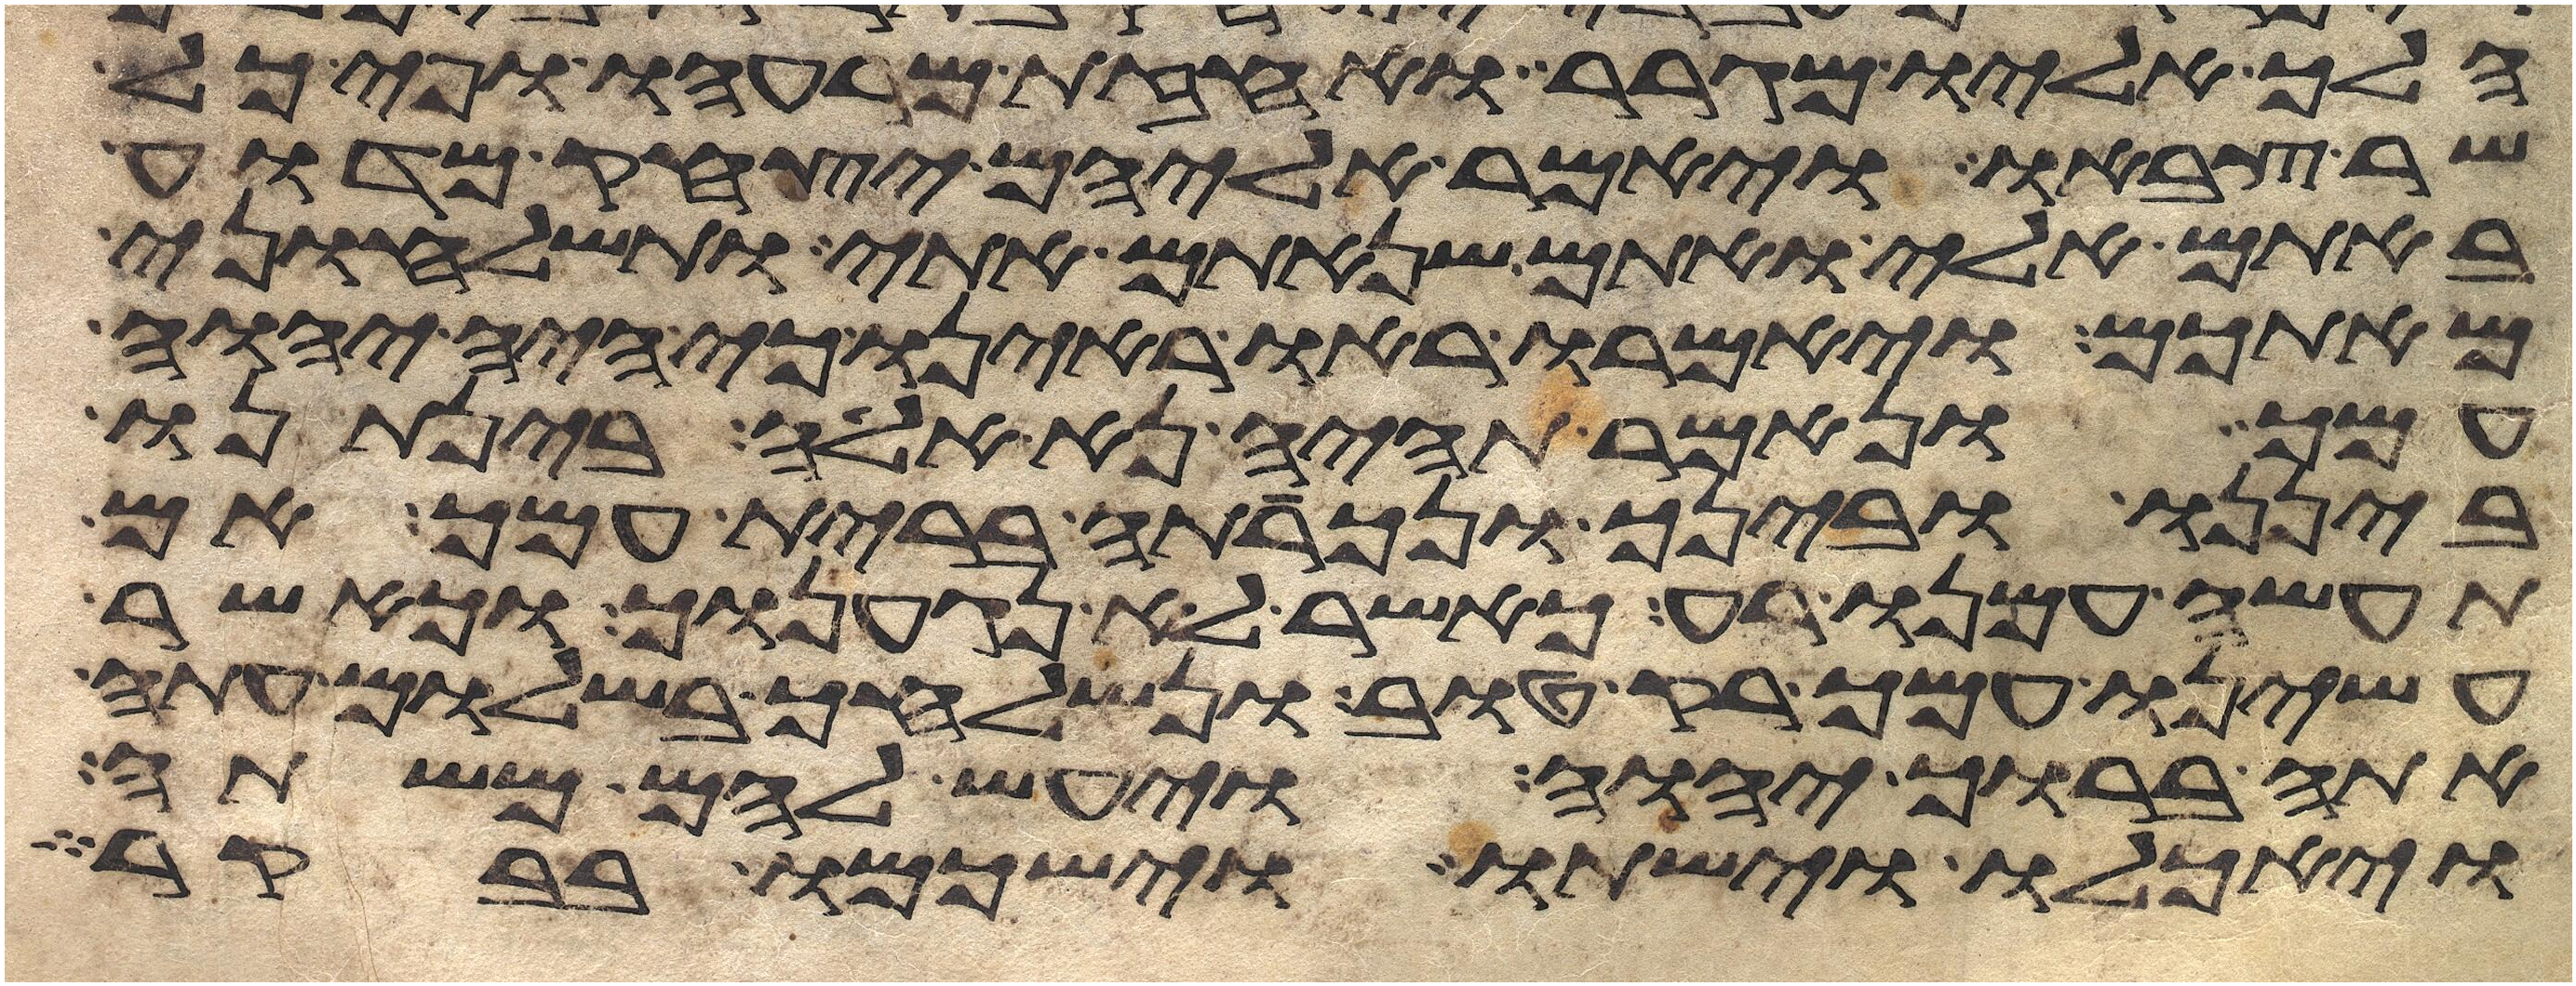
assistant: הלך אליו מגרר ואחזת מרעהו ופיכל
שר צבאו ויאמר אליהם יצחק מדוע
באתם אלי ואתם שנאתם אתי ותשלחוני
מאתכם ויאמרו ראו ראינו כי היה יהוה
עמך ונאמר תהיה נא אלה בינתנו
ביננו ובינך ונכרתה ברית עמך אם
תעשה עמנו רע כאשר לא נגענוך וכאשר
עשינו עמך רק טוב ונשלחך בשלום עתה
אתה ברוך יהוה ויעש להם משתה
ויאכלו וישתו וישכמו בבקר